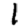
Digit: 1